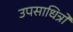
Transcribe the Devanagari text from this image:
उपसाधित्रों